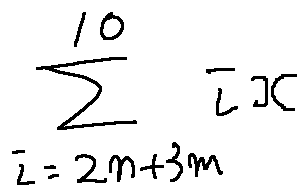
\sum \limits _ { i = 2 n + 3 m } ^ { 1 0 } i x